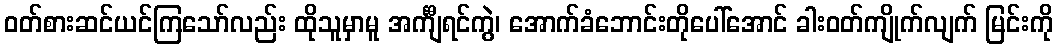
ဝတ်စားဆင်ယင်ကြသော်လည်း ထိုသူမှာမူ အင်္ကျီရင်ကွဲ၊ အောက်ခံဘောင်းတိုပေါ်အောင် ခါးဝတ်ကျိုက်လျက် မြင်းကို